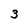
Character: 3